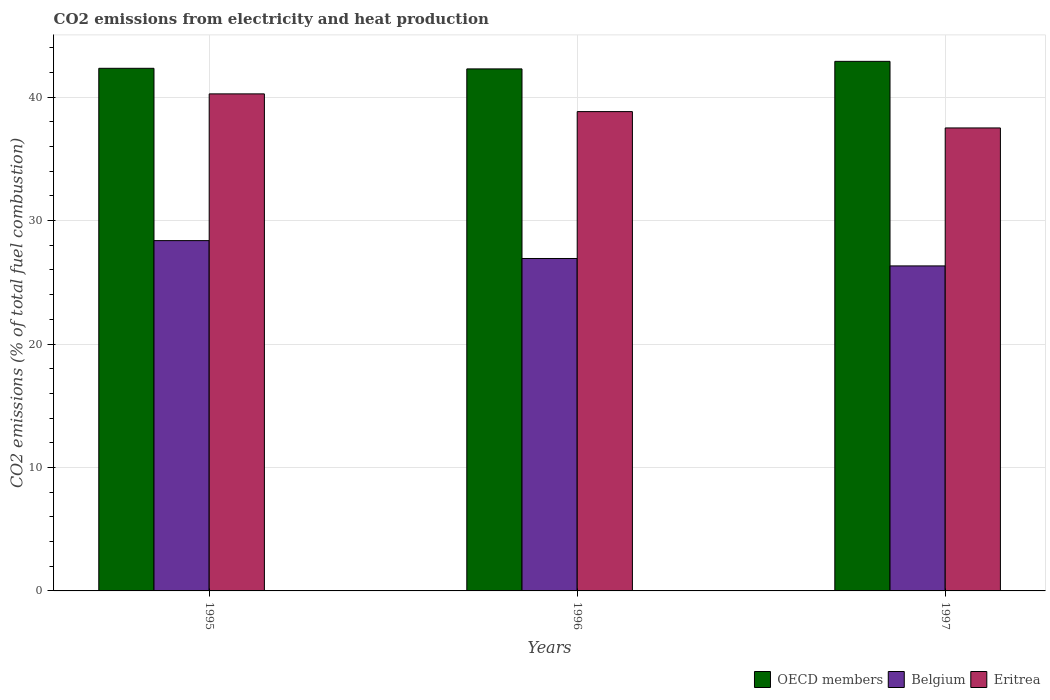
| Years | OECD members | Belgium | Eritrea |
 | --- | --- | --- | --- |
 | 1995 | 42.3 | 28.4 | 40.3 |
 | 1996 | 42.3 | 26.9 | 38.8 |
 | 1997 | 42.9 | 26.3 | 37.5 |